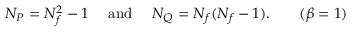
N _ { P } = N _ { f } ^ { 2 } - 1 \quad \mathrm { ~ a n d ~ } \quad N _ { Q } = N _ { f } ( N _ { f } - 1 ) . \hfil \qquad ( \beta = 1 )